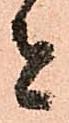
者